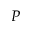
{ \cal P }